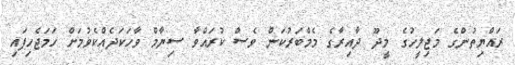
ރައްޔިތުންގެ މަޖިލީހުގެ މީދޫ ދާއިރާގެ މެމްބަރުކަން ވެސް ކުރައްވާ ސިޔާމް ވާހަކަދެއްކެވުމަށް ހަމަޖެހިފައި